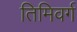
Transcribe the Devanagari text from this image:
तिमिवर्ग